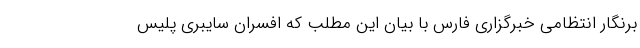
برنگار انتظامی خبرگزاری فارس با بیان این مطلب که افسران سایبری پلیس